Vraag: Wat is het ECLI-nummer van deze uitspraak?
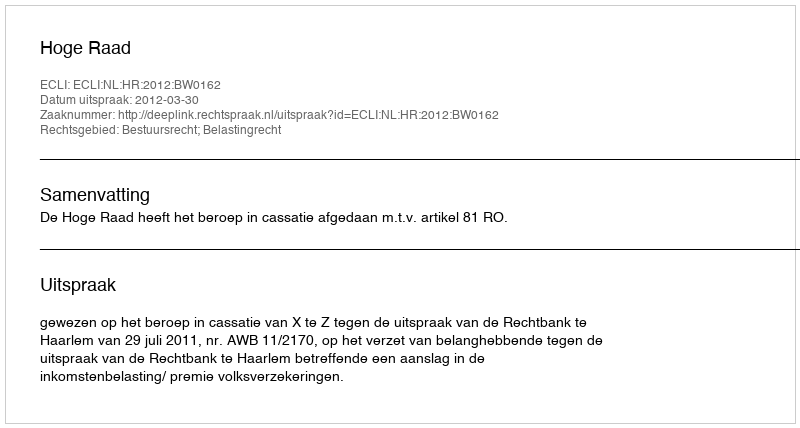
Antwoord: ECLI:NL:HR:2012:BW0162